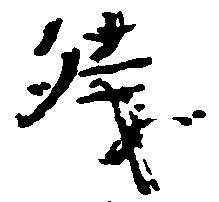
残